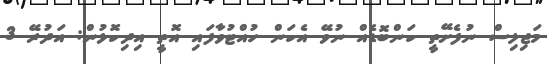
މަޖިލިސް ނުފެށޭތީ ކަންބޮޑެއް ނުވޭ އެކަން ހުއްޓުވާފައި އޮތީ އިދިކޮޅުން: އަދުރޭ 3